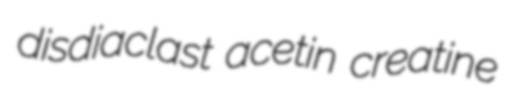
disdiaclast acetin creatine